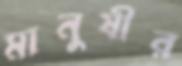
মানুষীর